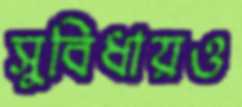
সুবিধায়ও